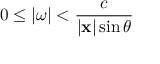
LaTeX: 0 \leq | { \boldsymbol { \omega } } | < { \frac { c } { | \mathbf { x } | \sin \theta } }